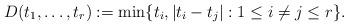
LaTeX: \begin{align*} D(t_1, \ldots, t_r) := \min\{t_i, |t_i - t_j|: 1 \leq i \neq j \leq r\}. \end{align*}